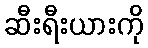
ဆီးရီးယားကို